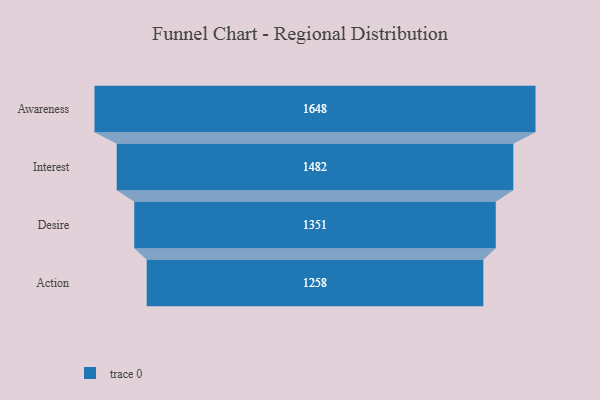
{"axis": {"x": "Stage", "y": "Value"}, "legend": [""], "data": [{"x": "Awareness", "y": 1648.0, "type": ""}, {"x": "Interest", "y": 1482.0, "type": ""}, {"x": "Desire", "y": 1351.0, "type": ""}, {"x": "Action", "y": 1258.0, "type": ""}]}